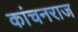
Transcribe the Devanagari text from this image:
कांचनराज